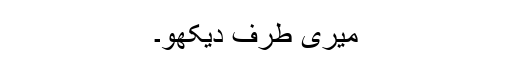
میری طرف دیکھو۔